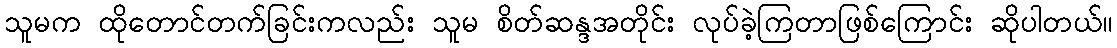
သူမက ထိုတောင်တက်ခြင်းကလည်း သူမ စိတ်ဆန္ဒအတိုင်း လုပ်ခဲ့ကြတာဖြစ်ကြောင်း ဆိုပါတယ်။